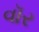
વૉર